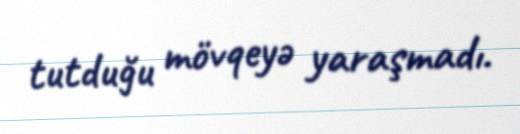
tutduğu mövqeyə yaraşmadı.